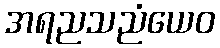
အရညသညံယေဝ